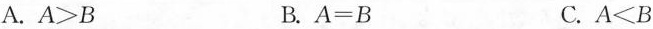
A. $$A > B$$ B. $$A = B$$ C.$$A < B$$